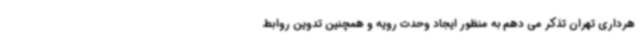
هرداری تهران تذکر می دهم به منظور ایجاد وحدت رویه و همچنین تدوین روابط